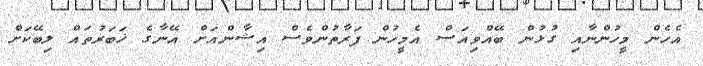
އެހެން މީހުންނާއި ގުޅުން ބޭއްވިއަސް އެމީހުން ފަރާތުންވެސް އިޝާންއަށް އޭނާގެ ޚަބަރުތައް ލިބޭކަށް